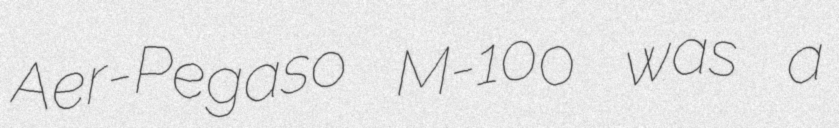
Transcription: Aer-Pegaso M-100 was a